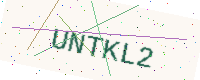
Text: UNTKL2